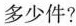
多少件?